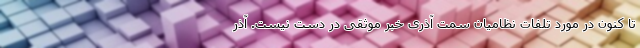
تا کنون در مورد تلفات نظامیان سمت آذری خبر موثقی در دست نیست. آذر